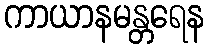
ကာယာနမန္တရေန